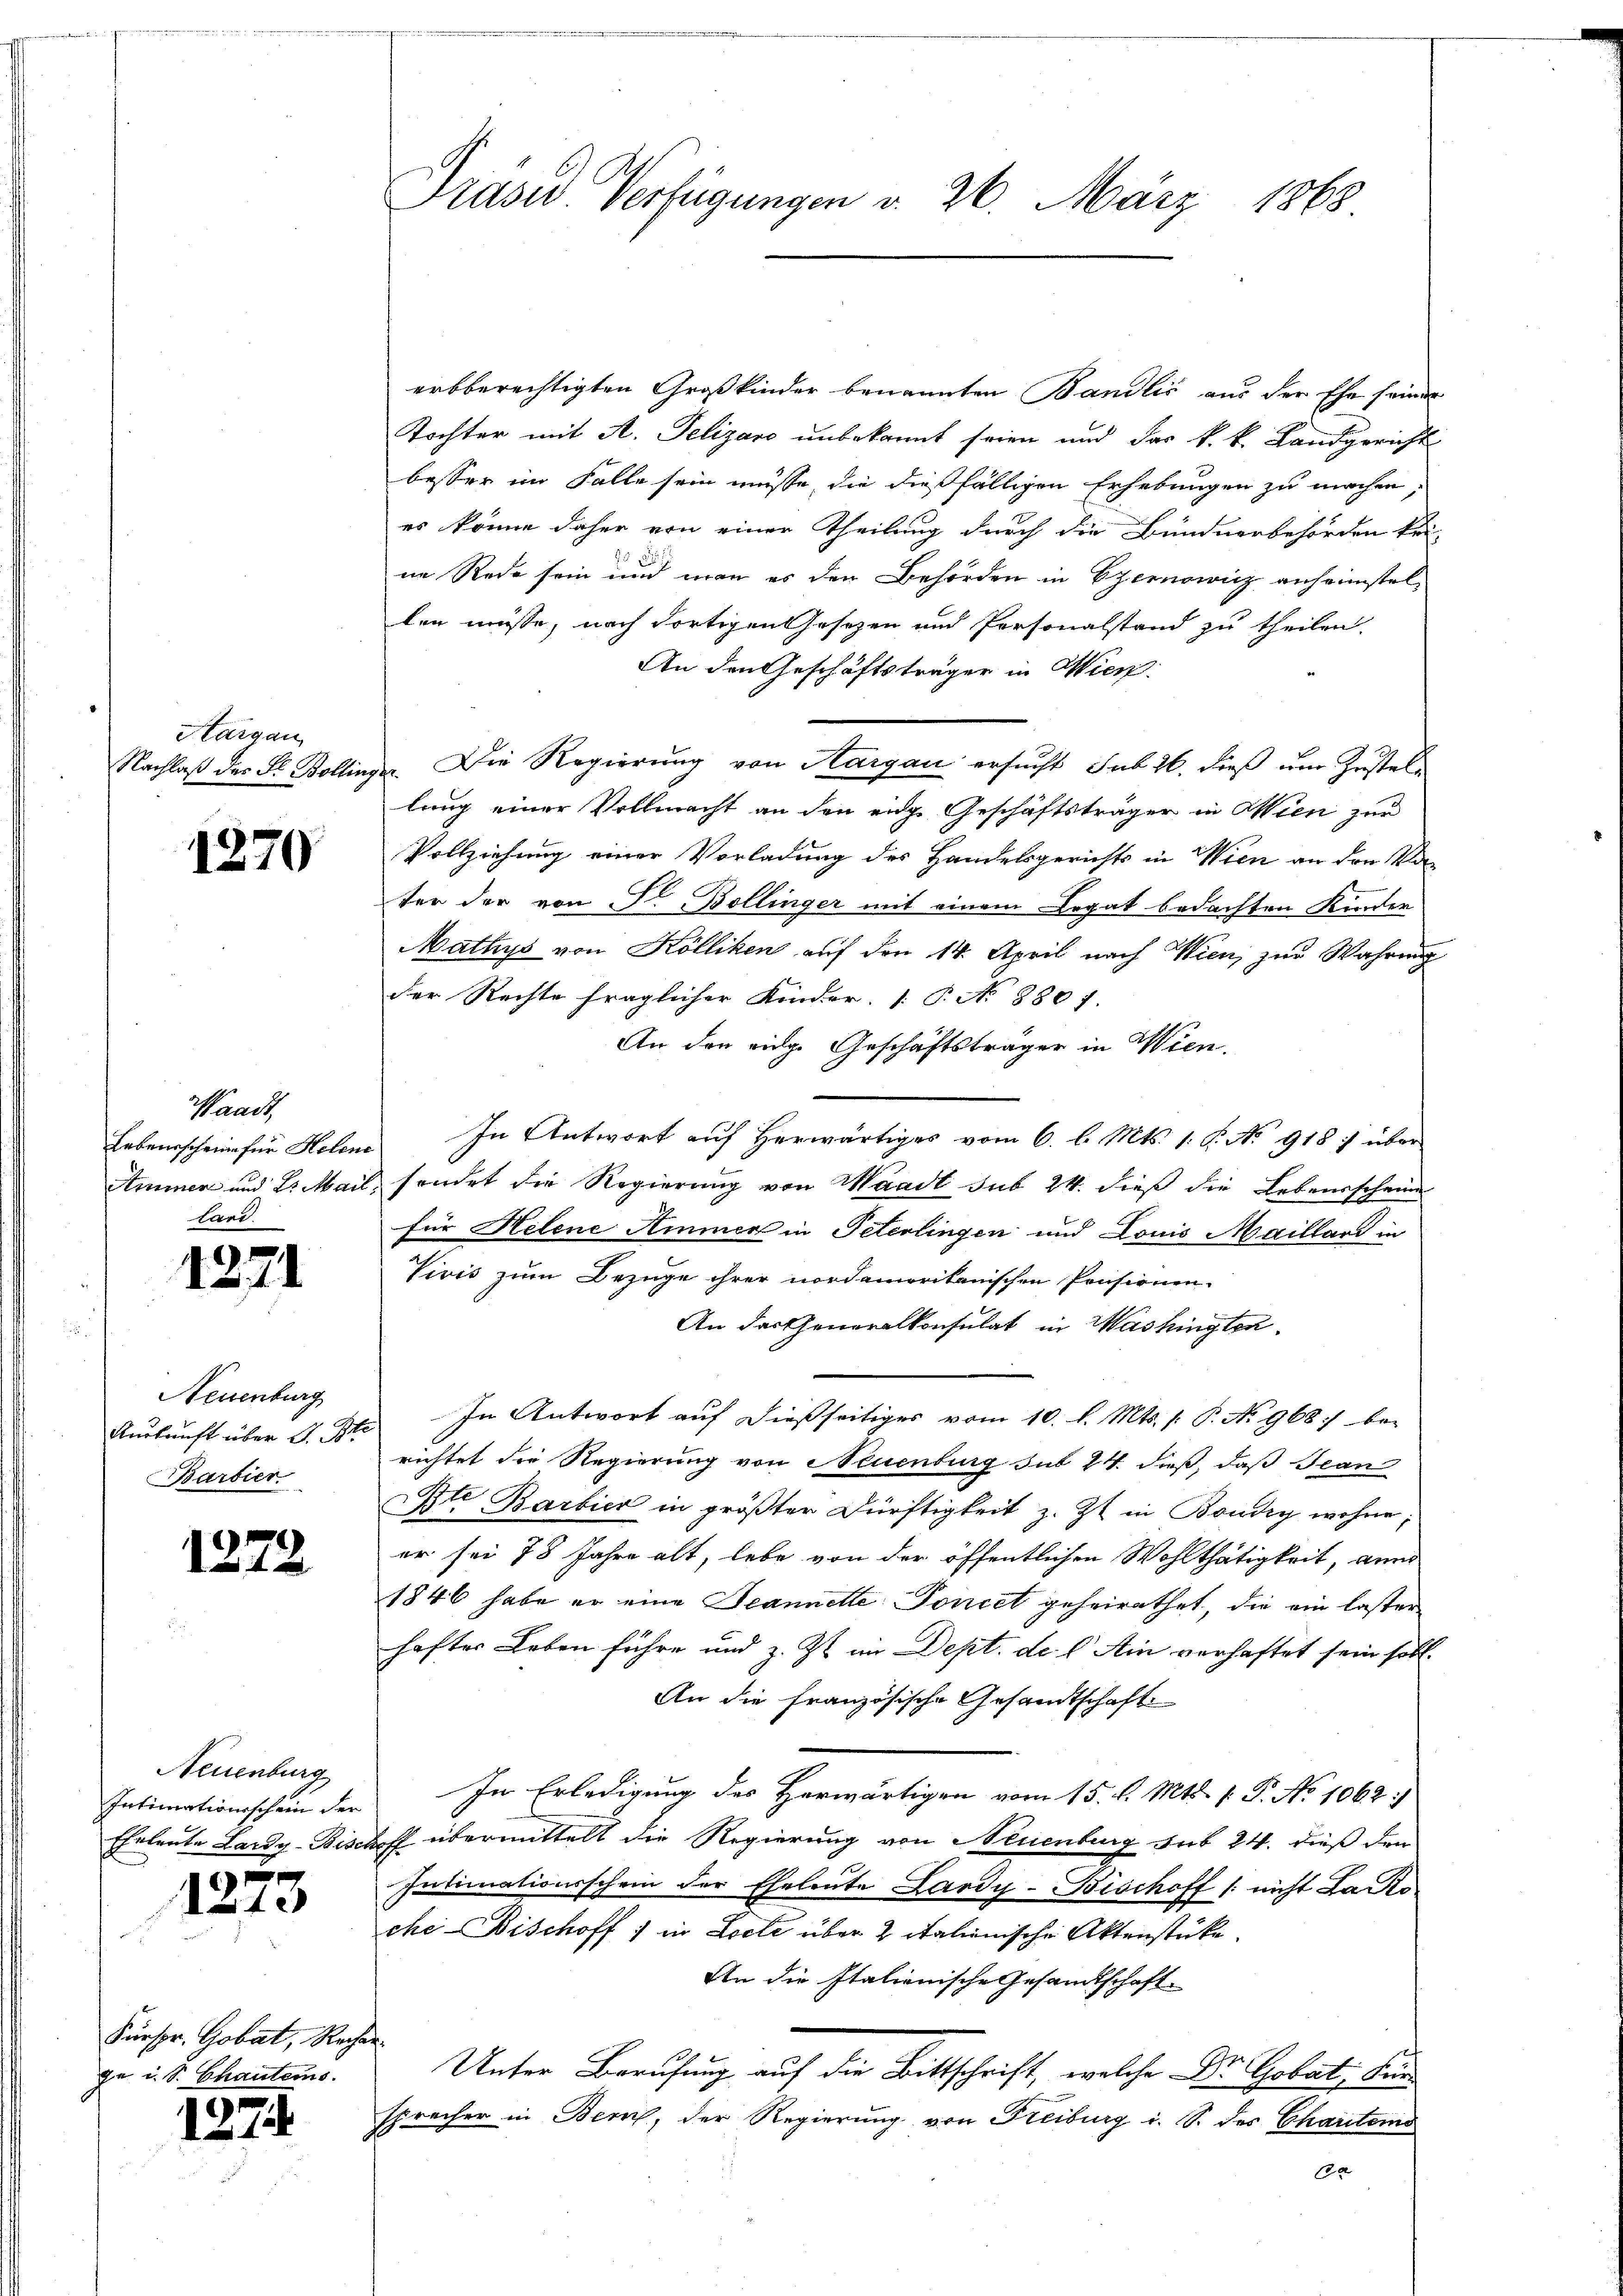
Hargau
Nachlaß des Fr. Bolling

1270

Waadt
Lebensscheine für Helene
Ammen und 2. Mail
tart

12.

Neuenburg
Auskunft über S. Br
Barbier

12.

Neuenburg
Intimationsschein der
Eheleute Lardy-Bisch

127

Fürspr. Gobat, Rechen
ge u. S. Chautems.

1274

3

Prase Verfügungen v. 26. März 1868

erbberechtigten Großkinder benannten Bandlić aus der Ehe seines
Tochter mit A. Telizard unbekannt seien und das k. k. Landgericht
besser im Falle sein müsse, die dießfälligen Erhebungen zu machen,
es könne daher von einer Theilung durch die Bündnerbehörden kei-
ne Rede sein und man es den Behörden in Czernowicz anheimstellen müsse, nach dortigen Gesetzen und Personalstand zu theilen.
An den Geschäftsträger in Wien.
 Die Regierung von Hargau ersucht sub 26. dieß um Zustellung einer Vollmacht an den eige Geschäftsträger in Wien zur
Vollziehung einer Vorladung des Handelsgerichts in Wien an den Va
ter der von P. Bollinger mit einem Legat bedachten Kinder
Mathys von Kölliken auf den 14. April nach Wien, zur Wahrung
der Rechte fraglicher Kinder. (T. No 8801.
An den eige Geschäftsträger in Wien,
In Antwort auf herwärtiges vom 6. l. Mts. s. S. No 918 :/ über
sondet die Regierung von Waadt sub 24. dieß die Lebensscheine
für Helene Ammer in Peterlingen und Louis Maillard in
Vivis zum Bezüge ihrer nordamerikanischen Pensionen-
An der Generalkonsulat in Washingten.
In Antwort auf dießseitiges vom 10. l. Mts. f. P. No 968) be-
richtet die Regierung von Neuenburg sub 24. dieß, daß Jean
Btt Barbier in größter Dürftigkeit z. Zt. in Boudry wohne,
er sei 78 Jahre alt, lebe von der öffentlichen Wohlthätigkeit, dann
1846 habe er eine Jeannelle Poncet geheirathet, die ein laster
haftes Leben führe und z. Zt. in Dept. des Ain verhaftet sein soll.
An die französische Gesandtschaft
In Erledigung des Herwärtigen vom 15. d. Mts. 1. P. No 1062:
 übermittelt die Regierung von Neuenburg sub 24. dieß den
Intimationsschein der Eheleute Lardy-Bischoff / nicht La Ro
che-Bischoff in Locte über 2 italienische Aktenstücke.
An die Italionische Gesandtschaft
Unter Berufung auf die Bittschrift, welche Dr Gobat, Fürsprecher in Bern, der Regierung von Freiburg i. S. des Chartenig